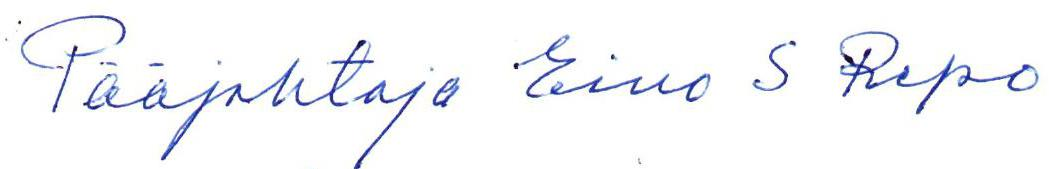
Pääjohtaja Eino S Repo